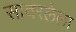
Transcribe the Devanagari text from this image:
सावरलेला